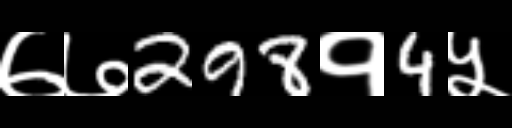
Text: ७७298१4५